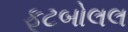
ફૂટબોલલ